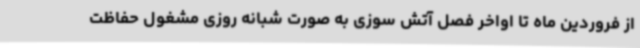
از فروردین ماه تا اواخر فصل آتش سوزی به صورت شبانه روزی مشغول حفاظت